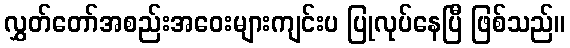
လွှတ်တော်အစည်းအဝေးများကျင်းပ ပြုလုပ်နေပြီ ဖြစ်သည်။